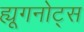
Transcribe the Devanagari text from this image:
ह्यूगनोट्स